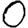
Digit: 0